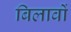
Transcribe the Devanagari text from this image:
बिलावों